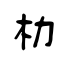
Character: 柪